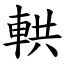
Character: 輁